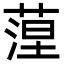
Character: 𦶄